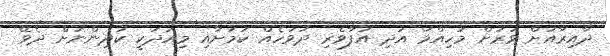
ދާއިރާއަށް ވަރަށް މުހިއްމު އަދި އުފާވެރި ދުވަހެއް ކަމަށާއި މިއަދަކީ ކުދިންނަށް ދެވޭ